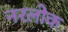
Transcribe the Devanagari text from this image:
नरलोक